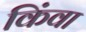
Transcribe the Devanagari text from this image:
किंवा